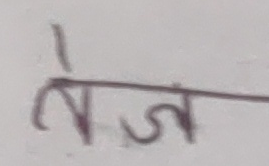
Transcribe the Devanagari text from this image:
तेज